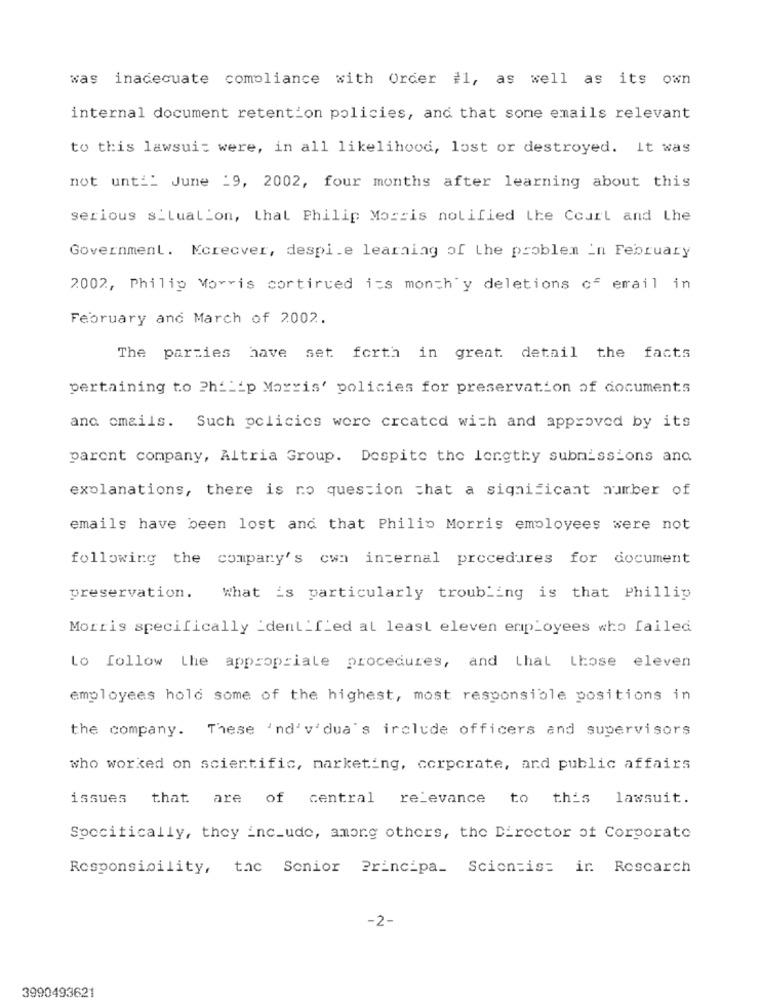
was inadequate compliance with Order #1, as well as its own
internal document retention policies, and that some emails relevant
to this lawsuit were, in all likelihood, lost or destroyed. It was
not until June 19, 2002, four months after learning about this
serious s_lual'on, that Philip Morris notified the Court and Lhe
Government. Moreover, despite learning of the problem in February
2002, Philip Morris cortirced its month y deletions of email in
February and March of 2002.
The parties have set forth in great detail the facts
pertaining to Philip Morris' policies for preservation of documents
ana omails. Such policies were created with and approved by its
parent company, Altria Group. Despite the lengthy submissions and
explanations, there is no question that a significant number of
emails have been lost and that Philip Morris employees were not
following the company's own internal procedures for document
preservation. What is particularly troubling is that Phillip
Morris specifically identified at least eleven employees who failed
Lo follow the appropriate procedures, and that Lose eleven
employees hold some of the highest, most responsible positions in
the company. These 'nd'v'dua's irclude officers and supervisors
who worked on scientific, marketing, corporate, and public affairs
issues that are of central relevance to this lawsuit.
Specifically, they include, among others, the Director of Corporate
Responsibility, tac Senior Principa_ Scientist ir Rescarch
-2-
3990493621